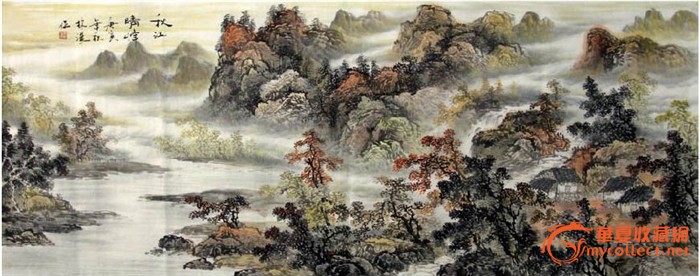
蕃汉断消息，死生长别离。